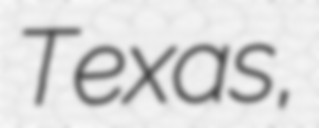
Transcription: Texas,